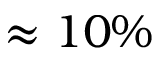
\approx 1 0 \%